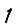
Digit: 1